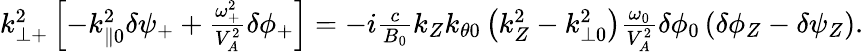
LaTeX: \begin{array}{r}{k_{\perp+}^{2}\left[-k_{\parallel 0}^{2}\delta\psi_{+}+\frac{\omega_{+}^{2}}{V_{A}^{2}}\delta\phi_{+}\right]=-i\frac{c}{B_{0}}k_{Z}k_{\theta 0}\left(k_{Z}^{2}-k_{\perp 0}^{2}\right)\frac{\omega_{0}}{V_{A}^{2}}\delta\phi_{0}\left(\delta\phi_{Z}-\delta\psi_{Z}\right).}\end{array}